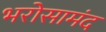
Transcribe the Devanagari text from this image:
भरोसामंद